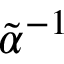
\tilde { \alpha } { } ^ { - 1 }